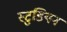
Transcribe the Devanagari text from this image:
स्टुडियन